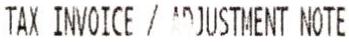
TAX INVOICE / ADJUSTMENT NOTE